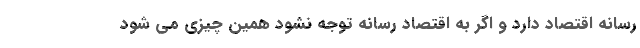
رسانه اقتصاد دارد و اگر به اقتصاد رسانه توجه نشود همین چیزی می شود